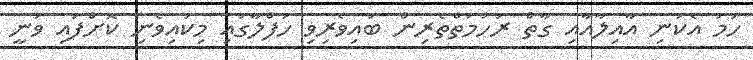
ހަމަ އެކަނި އާއިލާއާއި ގާތް ރަހުމަތްތެރިން ބައިވެރިވި ހަފްލާގައި މިކައިވެނި ކޮށްފައި ވަނީ